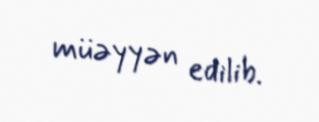
müəyyən edilib.